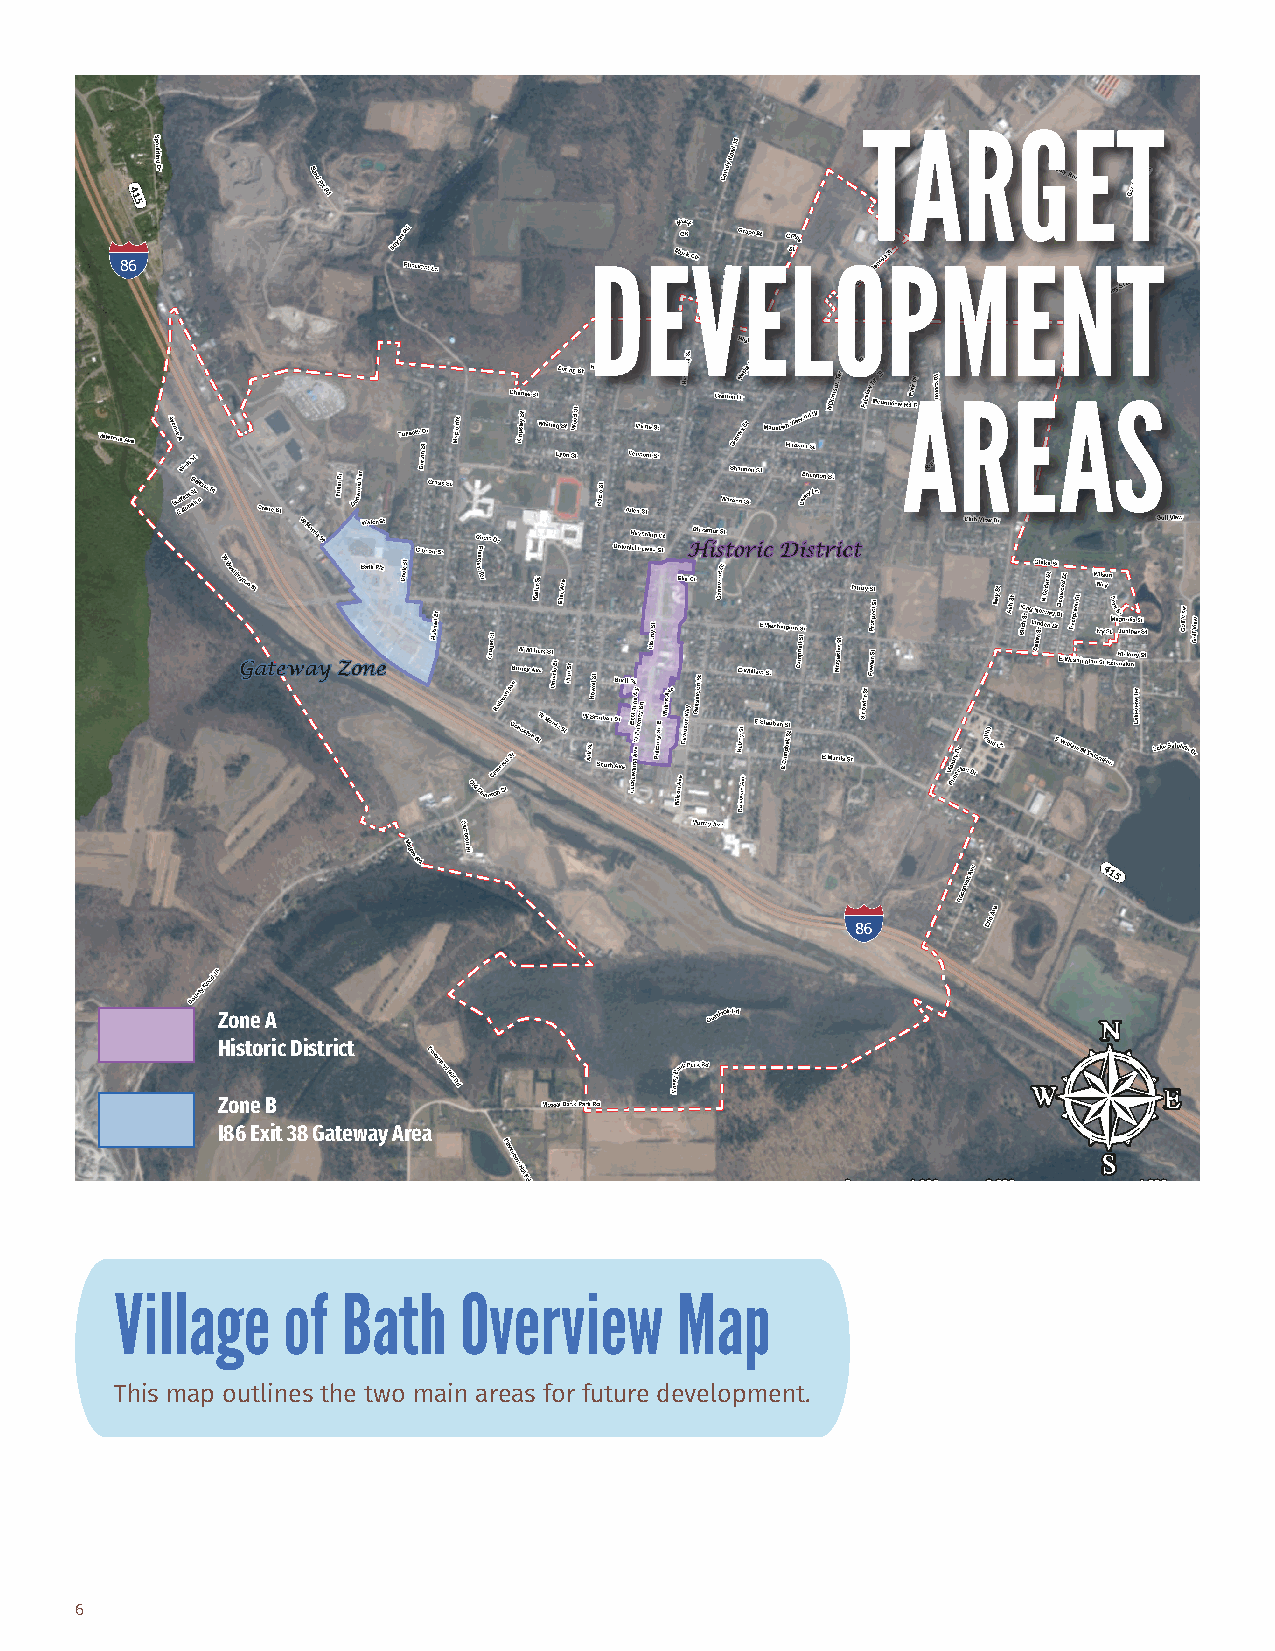
TARGET
 DEVELOPMENT
 AREAS
 Zone A
 Historic District
 Zone B
 I86 Exit 38 Gateway Area
 Village    of  Bath   Overview       Map
 This map outlines the two main areas for future development.
 6